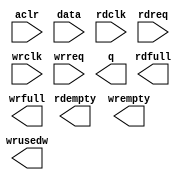
// megafunction wizard: %FIFO%VBB%
// GENERATION: STANDARD
// VERSION: WM1.0
// MODULE: dcfifo_mixed_widths 

// ============================================================
// Megafunction Name(s):
// 			dcfifo_mixed_widths
//
// Simulation Library Files(s):
// 			altera_mf
// ============================================================
// ************************************************************
// THIS IS A WIZARD-GENERATED FILE. DO NOT EDIT THIS FILE!
//
// 14.1.1 Build 190 01/19/2015 SJ Web Edition
// ************************************************************

//Copyright (C) 1991-2015 Altera Corporation. All rights reserved.
//Your use of Altera Corporation's design tools, logic functions 
//and other software and tools, and its AMPP partner logic 
//functions, and any output files from any of the foregoing 
//(including device programming or simulation files), and any 
//associated documentation or information are expressly subject 
//to the terms and conditions of the Altera Program License 
//Subscription Agreement, the Altera Quartus II License Agreement,
//the Altera MegaCore Function License Agreement, or other 
//applicable license agreement, including, without limitation, 
//that your use is for the sole purpose of programming logic 
//devices manufactured by Altera and sold by Altera or its 
//authorized distributors.  Please refer to the applicable 
//agreement for further details.

module playback_fifo (
	aclr,
	data,
	rdclk,
	rdreq,
	wrclk,
	wrreq,
	q,
	rdempty,
	rdfull,
	wrempty,
	wrfull,
	wrusedw);

	input	  aclr;
	input	[31:0]  data;
	input	  rdclk;
	input	  rdreq;
	input	  wrclk;
	input	  wrreq;
	output	[63:0]  q;
	output	  rdempty;
	output	  rdfull;
	output	  wrempty;
	output	  wrfull;
	output	[4:0]  wrusedw;
`ifndef ALTERA_RESERVED_QIS
// synopsys translate_off
`endif
	tri0	  aclr;
`ifndef ALTERA_RESERVED_QIS
// synopsys translate_on
`endif

endmodule

// ============================================================
// CNX file retrieval info
// ============================================================
// Retrieval info: PRIVATE: AlmostEmpty NUMERIC "0"
// Retrieval info: PRIVATE: AlmostEmptyThr NUMERIC "-1"
// Retrieval info: PRIVATE: AlmostFull NUMERIC "0"
// Retrieval info: PRIVATE: AlmostFullThr NUMERIC "-1"
// Retrieval info: PRIVATE: CLOCKS_ARE_SYNCHRONIZED NUMERIC "0"
// Retrieval info: PRIVATE: Clock NUMERIC "4"
// Retrieval info: PRIVATE: Depth NUMERIC "32"
// Retrieval info: PRIVATE: Empty NUMERIC "1"
// Retrieval info: PRIVATE: Full NUMERIC "1"
// Retrieval info: PRIVATE: INTENDED_DEVICE_FAMILY STRING "Cyclone V"
// Retrieval info: PRIVATE: LE_BasedFIFO NUMERIC "0"
// Retrieval info: PRIVATE: LegacyRREQ NUMERIC "0"
// Retrieval info: PRIVATE: MAX_DEPTH_BY_9 NUMERIC "0"
// Retrieval info: PRIVATE: OVERFLOW_CHECKING NUMERIC "1"
// Retrieval info: PRIVATE: Optimize NUMERIC "0"
// Retrieval info: PRIVATE: RAM_BLOCK_TYPE NUMERIC "0"
// Retrieval info: PRIVATE: SYNTH_WRAPPER_GEN_POSTFIX STRING "0"
// Retrieval info: PRIVATE: UNDERFLOW_CHECKING NUMERIC "1"
// Retrieval info: PRIVATE: UsedW NUMERIC "1"
// Retrieval info: PRIVATE: Width NUMERIC "32"
// Retrieval info: PRIVATE: dc_aclr NUMERIC "1"
// Retrieval info: PRIVATE: diff_widths NUMERIC "1"
// Retrieval info: PRIVATE: msb_usedw NUMERIC "0"
// Retrieval info: PRIVATE: output_width NUMERIC "64"
// Retrieval info: PRIVATE: rsEmpty NUMERIC "1"
// Retrieval info: PRIVATE: rsFull NUMERIC "1"
// Retrieval info: PRIVATE: rsUsedW NUMERIC "0"
// Retrieval info: PRIVATE: sc_aclr NUMERIC "0"
// Retrieval info: PRIVATE: sc_sclr NUMERIC "0"
// Retrieval info: PRIVATE: wsEmpty NUMERIC "1"
// Retrieval info: PRIVATE: wsFull NUMERIC "1"
// Retrieval info: PRIVATE: wsUsedW NUMERIC "1"
// Retrieval info: LIBRARY: altera_mf altera_mf.altera_mf_components.all
// Retrieval info: CONSTANT: INTENDED_DEVICE_FAMILY STRING "Cyclone V"
// Retrieval info: CONSTANT: LPM_NUMWORDS NUMERIC "32"
// Retrieval info: CONSTANT: LPM_SHOWAHEAD STRING "ON"
// Retrieval info: CONSTANT: LPM_TYPE STRING "dcfifo_mixed_widths"
// Retrieval info: CONSTANT: LPM_WIDTH NUMERIC "32"
// Retrieval info: CONSTANT: LPM_WIDTHU NUMERIC "5"
// Retrieval info: CONSTANT: LPM_WIDTHU_R NUMERIC "4"
// Retrieval info: CONSTANT: LPM_WIDTH_R NUMERIC "64"
// Retrieval info: CONSTANT: OVERFLOW_CHECKING STRING "OFF"
// Retrieval info: CONSTANT: RDSYNC_DELAYPIPE NUMERIC "4"
// Retrieval info: CONSTANT: READ_ACLR_SYNCH STRING "OFF"
// Retrieval info: CONSTANT: UNDERFLOW_CHECKING STRING "OFF"
// Retrieval info: CONSTANT: USE_EAB STRING "ON"
// Retrieval info: CONSTANT: WRITE_ACLR_SYNCH STRING "ON"
// Retrieval info: CONSTANT: WRSYNC_DELAYPIPE NUMERIC "4"
// Retrieval info: USED_PORT: aclr 0 0 0 0 INPUT GND "aclr"
// Retrieval info: USED_PORT: data 0 0 32 0 INPUT NODEFVAL "data[31..0]"
// Retrieval info: USED_PORT: q 0 0 64 0 OUTPUT NODEFVAL "q[63..0]"
// Retrieval info: USED_PORT: rdclk 0 0 0 0 INPUT NODEFVAL "rdclk"
// Retrieval info: USED_PORT: rdempty 0 0 0 0 OUTPUT NODEFVAL "rdempty"
// Retrieval info: USED_PORT: rdfull 0 0 0 0 OUTPUT NODEFVAL "rdfull"
// Retrieval info: USED_PORT: rdreq 0 0 0 0 INPUT NODEFVAL "rdreq"
// Retrieval info: USED_PORT: wrclk 0 0 0 0 INPUT NODEFVAL "wrclk"
// Retrieval info: USED_PORT: wrempty 0 0 0 0 OUTPUT NODEFVAL "wrempty"
// Retrieval info: USED_PORT: wrfull 0 0 0 0 OUTPUT NODEFVAL "wrfull"
// Retrieval info: USED_PORT: wrreq 0 0 0 0 INPUT NODEFVAL "wrreq"
// Retrieval info: USED_PORT: wrusedw 0 0 5 0 OUTPUT NODEFVAL "wrusedw[4..0]"
// Retrieval info: CONNECT: @aclr 0 0 0 0 aclr 0 0 0 0
// Retrieval info: CONNECT: @data 0 0 32 0 data 0 0 32 0
// Retrieval info: CONNECT: @rdclk 0 0 0 0 rdclk 0 0 0 0
// Retrieval info: CONNECT: @rdreq 0 0 0 0 rdreq 0 0 0 0
// Retrieval info: CONNECT: @wrclk 0 0 0 0 wrclk 0 0 0 0
// Retrieval info: CONNECT: @wrreq 0 0 0 0 wrreq 0 0 0 0
// Retrieval info: CONNECT: q 0 0 64 0 @q 0 0 64 0
// Retrieval info: CONNECT: rdempty 0 0 0 0 @rdempty 0 0 0 0
// Retrieval info: CONNECT: rdfull 0 0 0 0 @rdfull 0 0 0 0
// Retrieval info: CONNECT: wrempty 0 0 0 0 @wrempty 0 0 0 0
// Retrieval info: CONNECT: wrfull 0 0 0 0 @wrfull 0 0 0 0
// Retrieval info: CONNECT: wrusedw 0 0 5 0 @wrusedw 0 0 5 0
// Retrieval info: GEN_FILE: TYPE_NORMAL playback_fifo.v TRUE
// Retrieval info: GEN_FILE: TYPE_NORMAL playback_fifo.inc FALSE
// Retrieval info: GEN_FILE: TYPE_NORMAL playback_fifo.cmp FALSE
// Retrieval info: GEN_FILE: TYPE_NORMAL playback_fifo.bsf FALSE
// Retrieval info: GEN_FILE: TYPE_NORMAL playback_fifo_inst.v TRUE
// Retrieval info: GEN_FILE: TYPE_NORMAL playback_fifo_bb.v TRUE
// Retrieval info: LIB_FILE: altera_mf